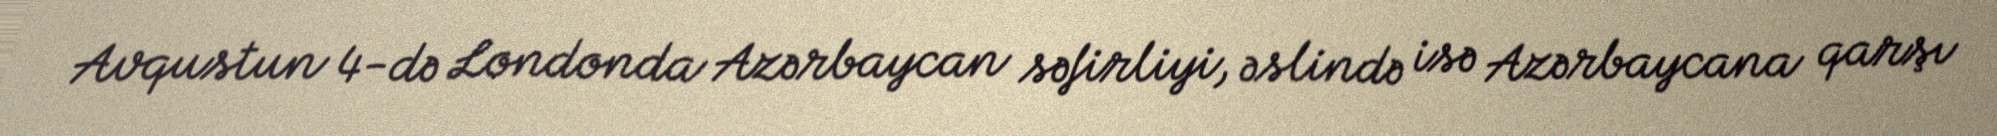
Avqustun 4-də Londonda Azərbaycan səfirliyi, əslində isə Azərbaycana qarşı